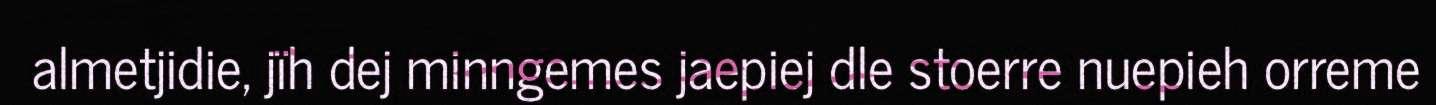
almetjidie, jïh dej minngemes jaepiej dle stoerre nuepieh orreme